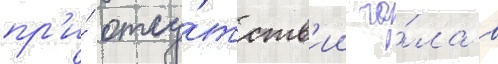
пр'и́ отсу́тств'ии го́ла в